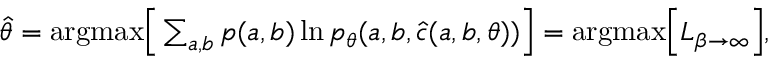
\begin{array} { r } { \hat { \theta } = \mathrm { a r g m a x } \Big [ \sum _ { a , b } p ( a , b ) \ln p _ { \theta } ( a , b , \hat { c } ( a , b , \theta ) ) \Big ] = \mathrm { a r g m a x } \Big [ L _ { \beta \to \infty } \Big ] , } \end{array}